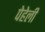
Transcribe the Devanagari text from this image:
पेहेली